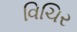
વિચિર